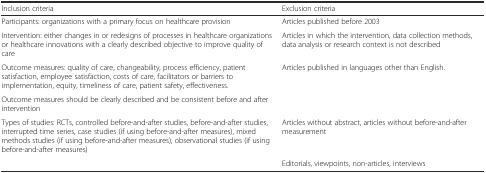
| Inclusion criteria | Exclusion criteria |
 | --- | --- |
 | Participants: organizations with a primary focus on healthcare provision | Articles published before 2003 |
 | Intervention: either changes in or redesigns of processes in healthcare organizations or healthcare innovations with a clearly described objective to improve quality of care | Articles in which the intervention, data collection methods, data analysis or research context is not described |
 | Outcome measures: quality of care, changeability, process efficiency, patient satisfaction, employee satisfaction, costs of care, facilitators or barriers to implementation, equity, timeliness of care, patient safety, effectiveness. | <ROWSPAN=2> Articles published in languages other than English. |
 | Outcome measures should be clearly described and be consistent before and after intervention |
 | Types of studies: RCTs, controlled before-and-after studies, before-and-after studies, interrupted time series, case studies (if using before-and-after measures), mixed methods studies (if using before-and-after measures), observational studies (if using before-and-after measures) | Articles without abstract, articles without before-and-after measurement |
 |  | Editorials, viewpoints, non-articles, interviews |